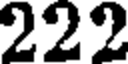
222